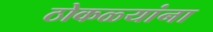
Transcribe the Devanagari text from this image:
ठोकळ्यांना